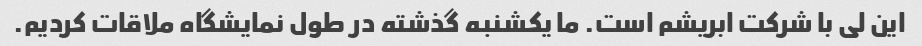
این لی با شرکت ابریشم است. ما یکشنبه گذشته در طول نمایشگاه ملاقات کردیم.